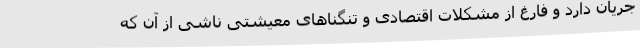
جریان دارد و فارغ از مشکلات اقتصادی و تنگناهای معیشتی ناشی از آن که